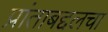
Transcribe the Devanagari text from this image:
प्रांताबद्दलचा